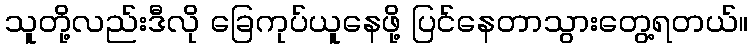
သူတို့လည်းဒီလို ခြေကုပ်ယူနေဖို့ ပြင်နေတာသွားတွေ့ရတယ်။